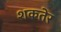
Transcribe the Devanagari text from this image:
शकतेर